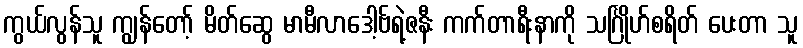
ကွယ်လွန်သူ ကျွန်တော့် မိတ်ဆွေ မာမီလာဒေါ့ဗ်ရဲ့ဇနီး ကက်တာရီးနာကို သင်္ဂြိုဟ်စရိတ် ပေးတာ သူ